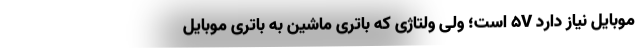
موبایل نیاز دارد ۵V است؛ ولی ولتاژی که باتری ماشین به باتری موبایل